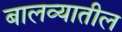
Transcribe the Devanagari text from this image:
बालव्यातील